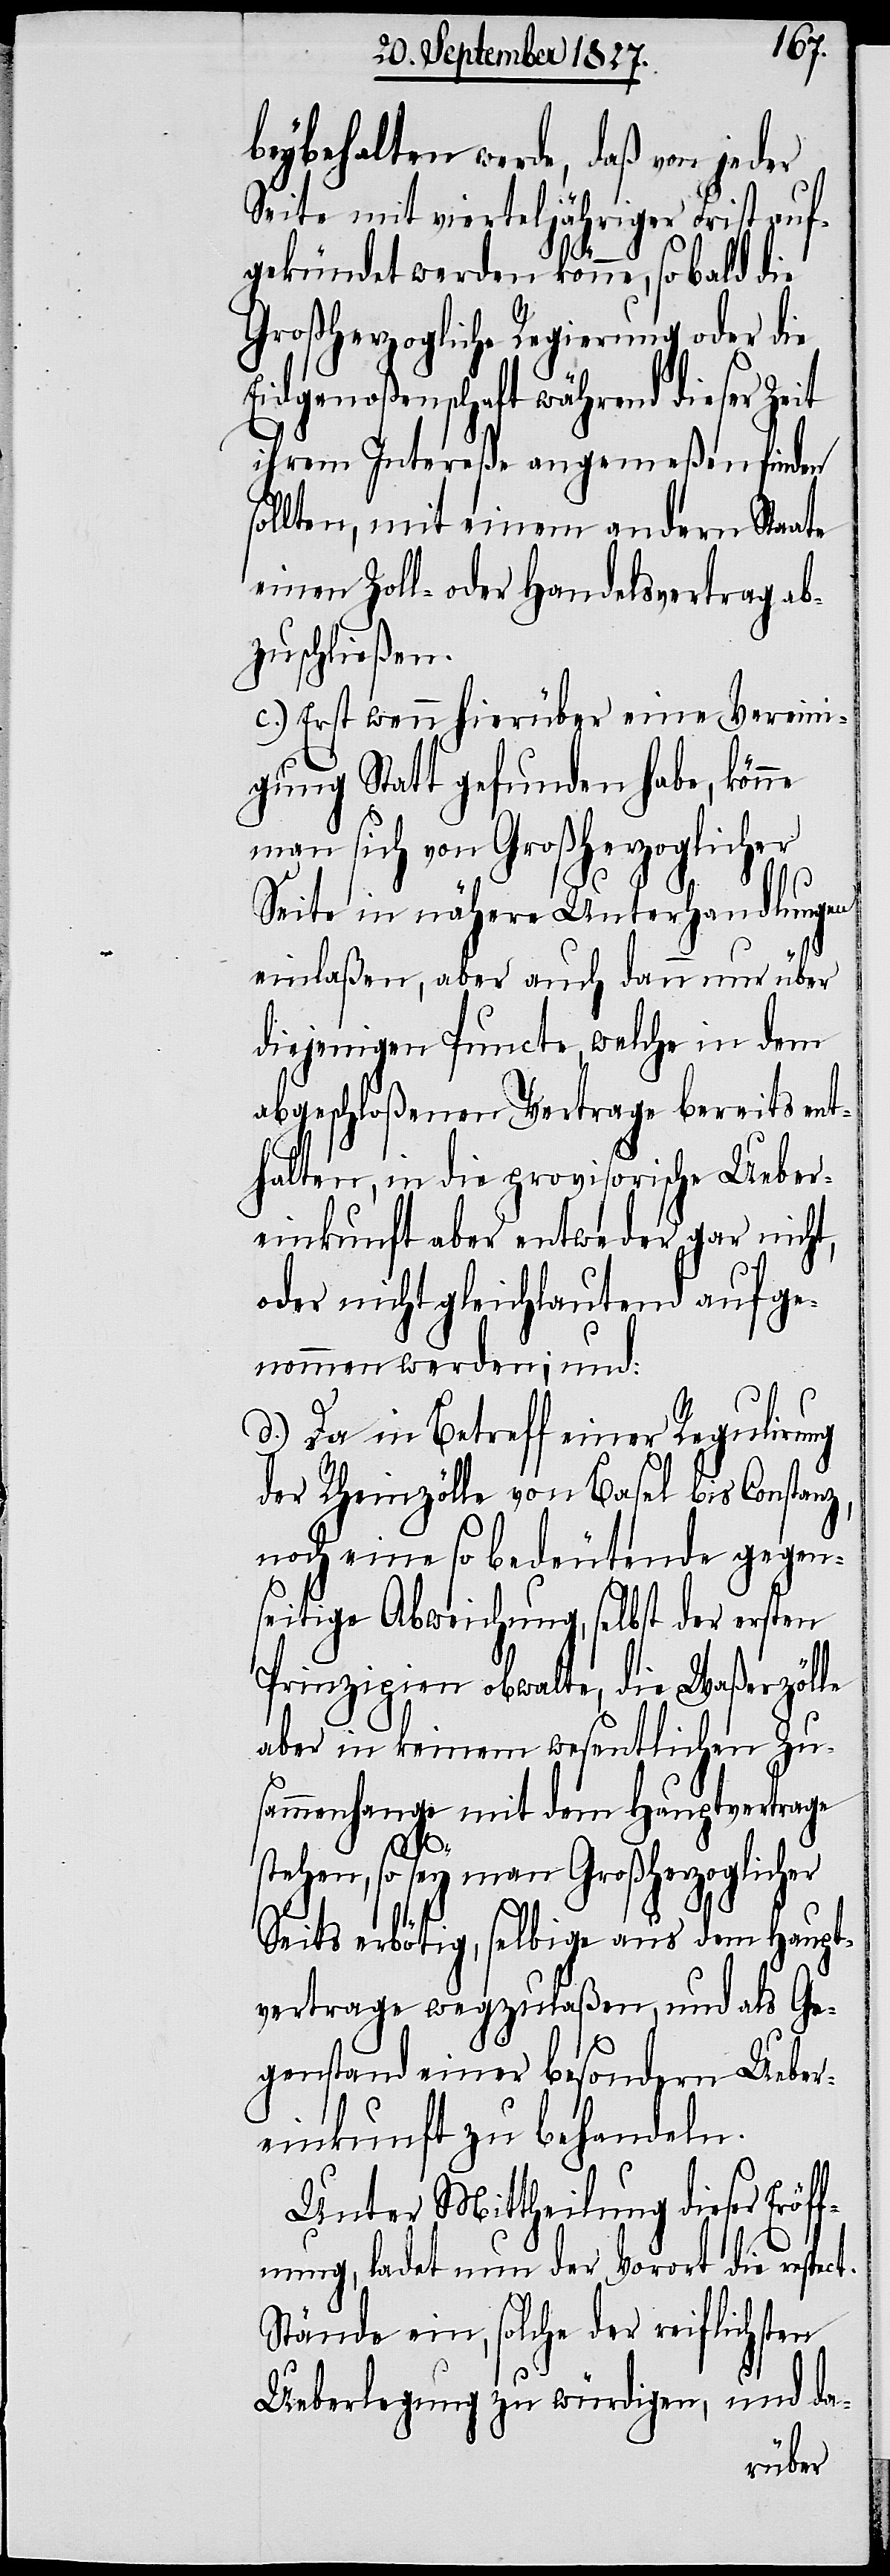
beybehalten werde, daß von jeder
Seite mit vierteljährlicher Frist auf¬
gekündet werden könne, so bald die
Großherzogliche Regierung oder die
Eidgenoßenschaft während dieser Ze¬
ihrem Intereße angemeßen finden
sollten, mit einem andern Staate
einen Zoll- oder Handelsvertrag ab¬
zuschließen.
c.) Erst wenn hierüber eine Vereini¬
gung Statt gefunden habe, könne
man sich von Großherzoglicher
Seite in nähere Unterhandlungen
it
einlaßen, aber auch dann nur über
diejenigen Puncte, welche in dem
abgeschloßenen Vortrage bereits ent¬
halten, in die provisorische Ueber¬
einkunft aber entweder gar nicht,
oder nicht gleichlautend aufge¬
nommen werden; und:
d.) Da in Betreff einer Regulirung
der Rheinzölle von Basel bis Constanz,
noch eine so bedeutende gegen¬
seitige Abweichung, selbst der ersten
Prinzipien obwalte, die Waßerzölle
aber in keinem wesentlichen Zu¬
sammenhange mit dem Hauptvertrage
stehen, so sey man Großherzoglicher
Seits erbötig, selbige aus dem Haupt¬
vertrage wegzulaßen, und als Ge¬
genstand einer besondern Ueber¬
einkunft zu behandeln.
Unter Mittheilung dieser Eröf¬
fnung, ladet nun der Vorort die respect.
Stände ein, solche der reiflichsten
Ueberlegung zu würdigen, und da-